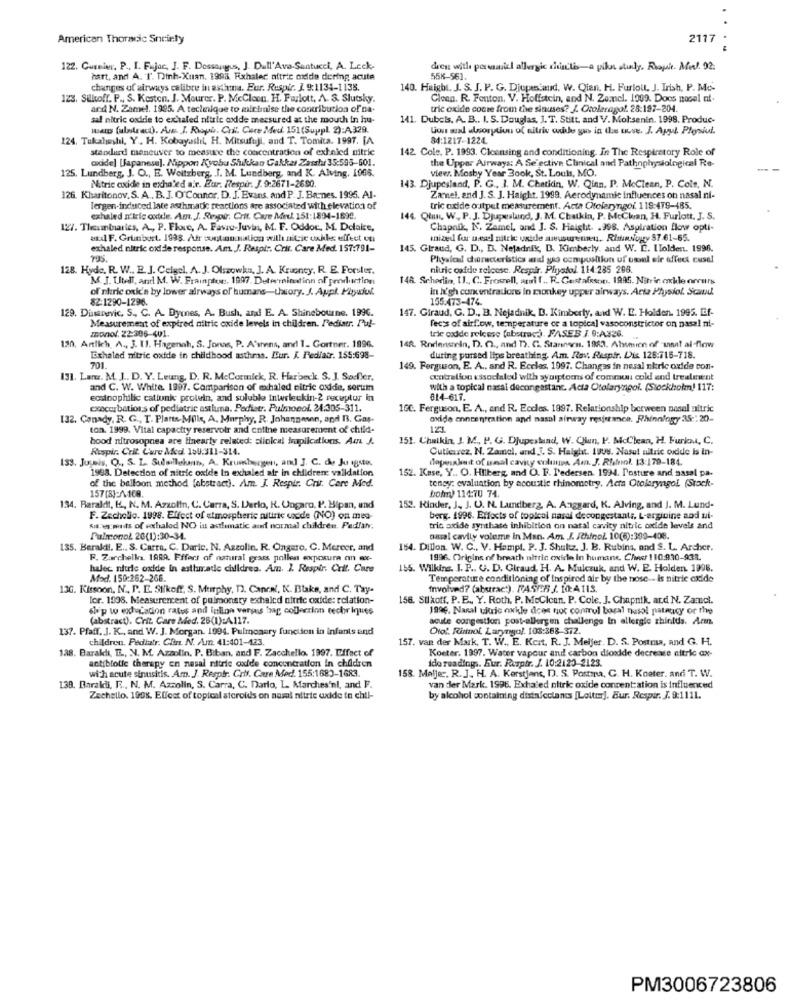
American Thoracic Snrirty
2117
122. Curnier, P ., I. Fujac, J. F. Dessaugus, J. Dull'Ava-Santucci, A. Leck-
dies with parmaasiel allergic chili -a pilot study. Riopit. Med. 02.
hart, and A. T. Dinh-Xuan. 199a. Fixhaler oftrie oxide dering acute
55K-561.
changes of airways calibre in asthma. Eur. Respir. J. 9:1134-1138.
140. Haight. J. S. J. P. G. Djupestand. W. Qian, H. Furlout. J. Irish, P. Mo-
123. Silkoff. P ., S. Kosten. J. Mourer. P. McClosn. H. Furlott, A. S. Slutsky.
Clean. R. Fenton. V. Hoffstein, and N. Zamel. 1909. Doos nosel ni.
and N. Zamel. 1995. A teclinique to minimise the contribution of na-
tric oxide come from the sinuses? J. Otoleragol. 28:197-204.
sal nitric oxide to exhaled nitric oxide measured at the mouth in hu-
141. Dubois. A. B .. I. S. Douglas, 1. T. Stitt. and V. Mol.senin. 1998. Produc-
mans (ultrac). A. I. Roph. Cril. Cure Med. 151(Suppl 2):A329.
lion and absorption of nitric wibe gu in the case. J. Apul. Plysiul.
124. Tukalweshi, Y .. H. Kobayaslıl, H. Mitsufuji, and T. Tomita. 1997. [A
34:1217-1224.
standard maneuver to measure the concentration of exhaled nitric
142. Cole. P. 1993. Cleansing and conditioning. In The Respiratory Role of
oxide] [Japanese). Mippor Kyobu Shukkan Cakkar Zassl 35:593-501.
the Upper Airways: A Se'ective Clinical and Pathophysiological Re-
views. Mosby Year Book, St. Louis, MO,
125. Lundberg, J. O ., E. Weitzberg, . J. M. Lundberg, and K. Alving. 1006.
Nitric oxide in exhaled air. Eur. Respir. J. 9:2671-2690.
143. Djupesland, P. G ., J. M. Chetiin, W. Qinn, P. McClean, P. Cole, N.
126. Kharitonov, S. A ., B. J. O'Connor. D. J. Evans, and P. J. Barnes. 1995. Al-
Zamnel, and J. S. J. Haight. 1999. Aerodynamic influences on nasal ni-
Tergen-induced late asthmatic reactions are associated with elevation of
tric oxide output measurement. Acta Citelaryngoi. 119:479-485.
exhaled n'tric oxide. Am. J. Respir. Crit. Care Med. 151:1894-1899.
144. Qlun, W ., P. J. Djupeslund, J. M. Chatkin, P. McChan, H. Furlott. J. S.
127. Theuminaries, A ., P. Fluxe, A. Favre-Juvin, M. F. Oddor, M. Delaire,
Chapnik, N. Zamel, and J. S. Haigtit. . 998. Aspiration flow opti-
andIF. Grunbest. 1993. Afr contamination will nitie takes effect on
mized for ussel nitele vide miusurennn. Rhogy 57.61-65.
exhaled nitric oxide response. Am. J. Respir Crit. Care Med. 157:791-
145. Giraud, G. D ., D. Nejadrik, B. Kimberly, and W. L. LIolden. 1996.
Plyalcal directeristics and gas composition of otoul sir effect cusel
128. Hyde. R. W .. B. J. Ceigel. A. J. Olszowka, J. A. Kruoney, R. E. Forster.
niuric cofde relcose. Respir. Phrystol. 114 235 208.
M. J. Utell, and M. W. Frampton :. 1997. Deterraination of production
148. Schedin, 11 ., C. Frocell, aral f .. R. Gustafsson. 1995. Nitrir. cockle orrurs
of nitric oxid's by lower airways of humans-theory. J. Appl. Plyuiui.
in l'gh concentrations in monkey upper airways. Acta Physiol. Scand.
82:1290-1296.
155.473-474
129. Diumanevic, S ., C. A. Dyrnes, A. Bush, and E. A. Shinebourne. 1996.
147. Giraud, G. D ., B. Nejadnik, D. Kimberly, and W. E. Holden. 1995. If-
Measurement of expired nitric oxide levels in children. Pediatr. Pul-
monof. 22:396-401.
fec's of airflow, temperature ce a topical vasoconstrictor on nasel ni-
130. Artlich, A ., J. 11. Hagenah, S. Jonas, P. A'ınens, and 1. Gortner. 1996.
tric codde relcese (abstrac). FASEB / 9:A326.
148. Rodensein, D. O ., and T2. G. Stanners, 1983. Absmien of -una! al-flow
Exhaled nitric oxide in childhood asthmas. Iur. K. Pediatr. 155:698-
during pursed lips breathing. Am. Rav. Respir. Lis 125:715-718.
701.
149. Ferguson, E. A ., and R. Eccles, 1997. Changes in nesal nkric oxide con-
131. Lane. M. J .. D. Y. Leung, D. R. McCormick, R. Harbeck. S. J. Sasfler.
centrallon associated with syniptoms of common cold and treatment
and C. W. White 1997. Comparison of exhaled nitric oxide, serum
with a topical nasal decongastane. Acta Otolaryngol. (Stockholm! 117:
eostoophilic cationic protein, and soluble interleukin-2 receptor in
814-617.
exacerbations of pediatric ostluna. Pediatr. Pulmonol. 24.305-311.
100. Ferguson, E. A ., and R. Eccles. 1997. Relationship between nasal attric
132. Conady, R. G ., T. Plants- Mille, A. Murphy, R. Johannesen, and B. Gas-
oxide concentration and nasal airway resjeranca. Rhinnfogy 35 :: 20-
ton. 1999. Vital capacity reservoir and coline measurement of child-
123
hood nitrosopnea are linearly related: aliokcal implications. Am J.
151. Chaikin, J. M. P. G. Djupestand, W. CHun, P. McClean, H. Furkn, C.
Respir. Crit. Care Med. 150:311-314.
Cutlerrez, N. Zamel, and J. S. Haight. 19us. Nasut nitric oxide is in-
153. Juseis, O ., S. L. Sulsilekann, A. Krumbergen, and J. C. de Ju iste.
doposalat of umal cavity coluuns Am. J. Rlavol. 13:179-184.
1998. Detection of nitric oxide In exhaled air in children: validation
152. Kase, Y .. O. Hilberg, and O. F. Pedersen. 1994. Posture and nasal pa-
of the balloon method [abstract). Am. J. Respir. Crit. Care Med.
157 [8]:/\108.
teney: evaluation by acoustic rhinometry. Acta Otolaryngol (Stack-
bohry 114:70 74.
134. Baraldi, K, N. M. Azzolin, C. Carra, S. Derlo, K. Ungaro, P. Bipan, and
153. Kinder, J ., J. U. N. Lundberg, A. Anggard, K. Alving, and J. M. Lund-
F. Zechello. 1998. Effect of atmospheric nitric oxide (NO) on mes-
berg. 1996. Effects of topical nasal decongestanti, L-arginine and ni-
Kis. s. maits of exchalod NO in aclimatic and normal children. Pedlan.
tric oxide synthate inhibition on nasal cavity nitric oxide levels and
Pulmonol. 20(1):30-34.
omial cavity voleme in Man. Am J. /thinol. 10(6):309-408.
135. Berald !. E ., S. Carra, C. Daric. N. Azzolin. R. Ongaro, C. Mercer, and
164. Dillon. W. C ., V. Hampl. P. J. Shultz. J. B. Rubins, and S. L. Archer.
R. Zarchella. 1989. Fffert of natural grass pollen exposure an ex-
1996. Origins of breath nitric oxide In humans, Che 110:930-931.
halec nitric oxide in asthmade children. Am. 1. Respir Crit. Care
155. Wilkins. I. P ., U. D. Giraud, H. A. Mukczuk, and W. E. Holden. 1996.
Mad. 150:262-266.
Temperature conditioning of Inspired air by the nose -- is nitric oxide
13G. Kissoon, N ., P. E. Stikoff, S. Murphy, 12. Canral, K. Blake, and C. Tay-
Involved? (abstract). FASTER J. 10:4115.
lor. 1996. Measurencent of pulmonary exhalcd nitric oxide: relation-
156. Sulkoff. P.E ., Y. Roth. P. MoClcon. P. Cole. J. Chapnik, ar.d. N. Zamcl.
ship w exl-cation rates and inlion vergas bag collection techriques
1996. Naral uitric oxkle does not conrul basal nusol patrucy or the
(abstract). Crit Care Med. 25(1):A117.
acute congestion post-allergen challenge In ellergic shintds. Arm
137. Pfaff. J. K ., and W. J. Morgan. 1994. Pulmonary function in infants and
Oto !. Rinnol Larynyol. 103:368-312.
children. Pediatr. Cln. N. Amn. 41:401-123.
157. van der Mark, T. W ., E. Kcit. R. J. Meijer. D. S. Postma, and G. H.
138. Barakli, E ., N. M. Azzolin. P. Biban, and F. Zacchello, 1997. Effect of
Koeter. 1997. Water vapour and carbon dioxide decrease nitric ax-
ido reading .. Eur. Respir. J. 10:2123-2123.
wich acute sinusitis. Am. J. Respir. Cris. Care Med. 155:1683-1683.
antibiotic therapy en nasal nitric oxide concentration in children
158. Malje :. R. J. H. A. Kerstjans, D. S. Postma, C. H. Koater. andi T. W.
139. Barakli, E ., N. M. Azzolin, S. Carra, C. Darlo, L. Marches'ni, and F.
van der Mark. 1996. Exhaled nitric oxide concentration is influenced
Zechello. 1998. Effect of topical steroids on nasal nitric oxide in chil-
by alcohol containing disin/cclands [Loltur]. Eur. Respir. J. 9:1111.
PM3006723806